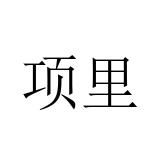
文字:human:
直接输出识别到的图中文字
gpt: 项里